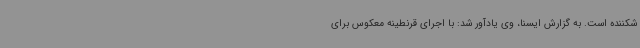
شکننده است. به گزارش ایسنا، وی یادآور شد: با اجرای قرنطینه معکوس برای